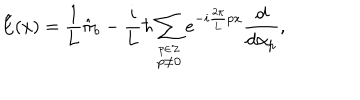
\hat { \mathrm { E } } ( x ) = \frac { 1 } { 1 } { L } \hat { \pi } _ { b } - \frac { i } { i } { L } \hbar \sum _ { \stackrel { p \in \cal Z } { p \neq 0 } } e ^ { - i \frac { 2 \pi } { 2 \pi } { L } p x } \frac { d } { d { \alpha _ { p } } } ,